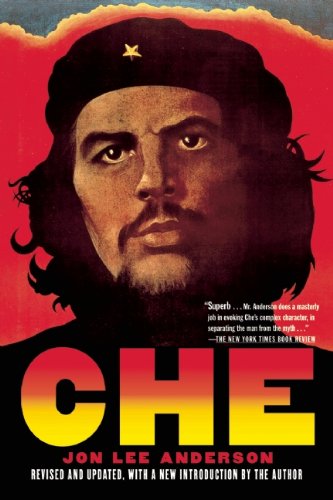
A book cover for Che Guevara: A Revolutionary Life; Jon Lee Anderson; Biographies & Memoirs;